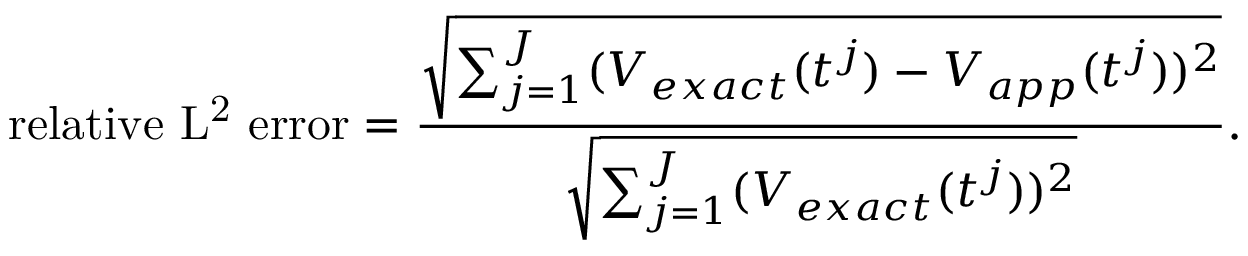
\mathrm { r e l a t i v e ~ L ^ { 2 } ~ e r r o r } = \frac { \sqrt { \sum _ { j = 1 } ^ { J } ( V _ { e x a c t } ( t ^ { j } ) - V _ { a p p } ( t ^ { j } ) ) ^ { 2 } } } { \sqrt { \sum _ { j = 1 } ^ { J } ( V _ { e x a c t } ( t ^ { j } ) ) ^ { 2 } } } .